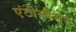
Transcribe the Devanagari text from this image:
एंटीस्पैमर